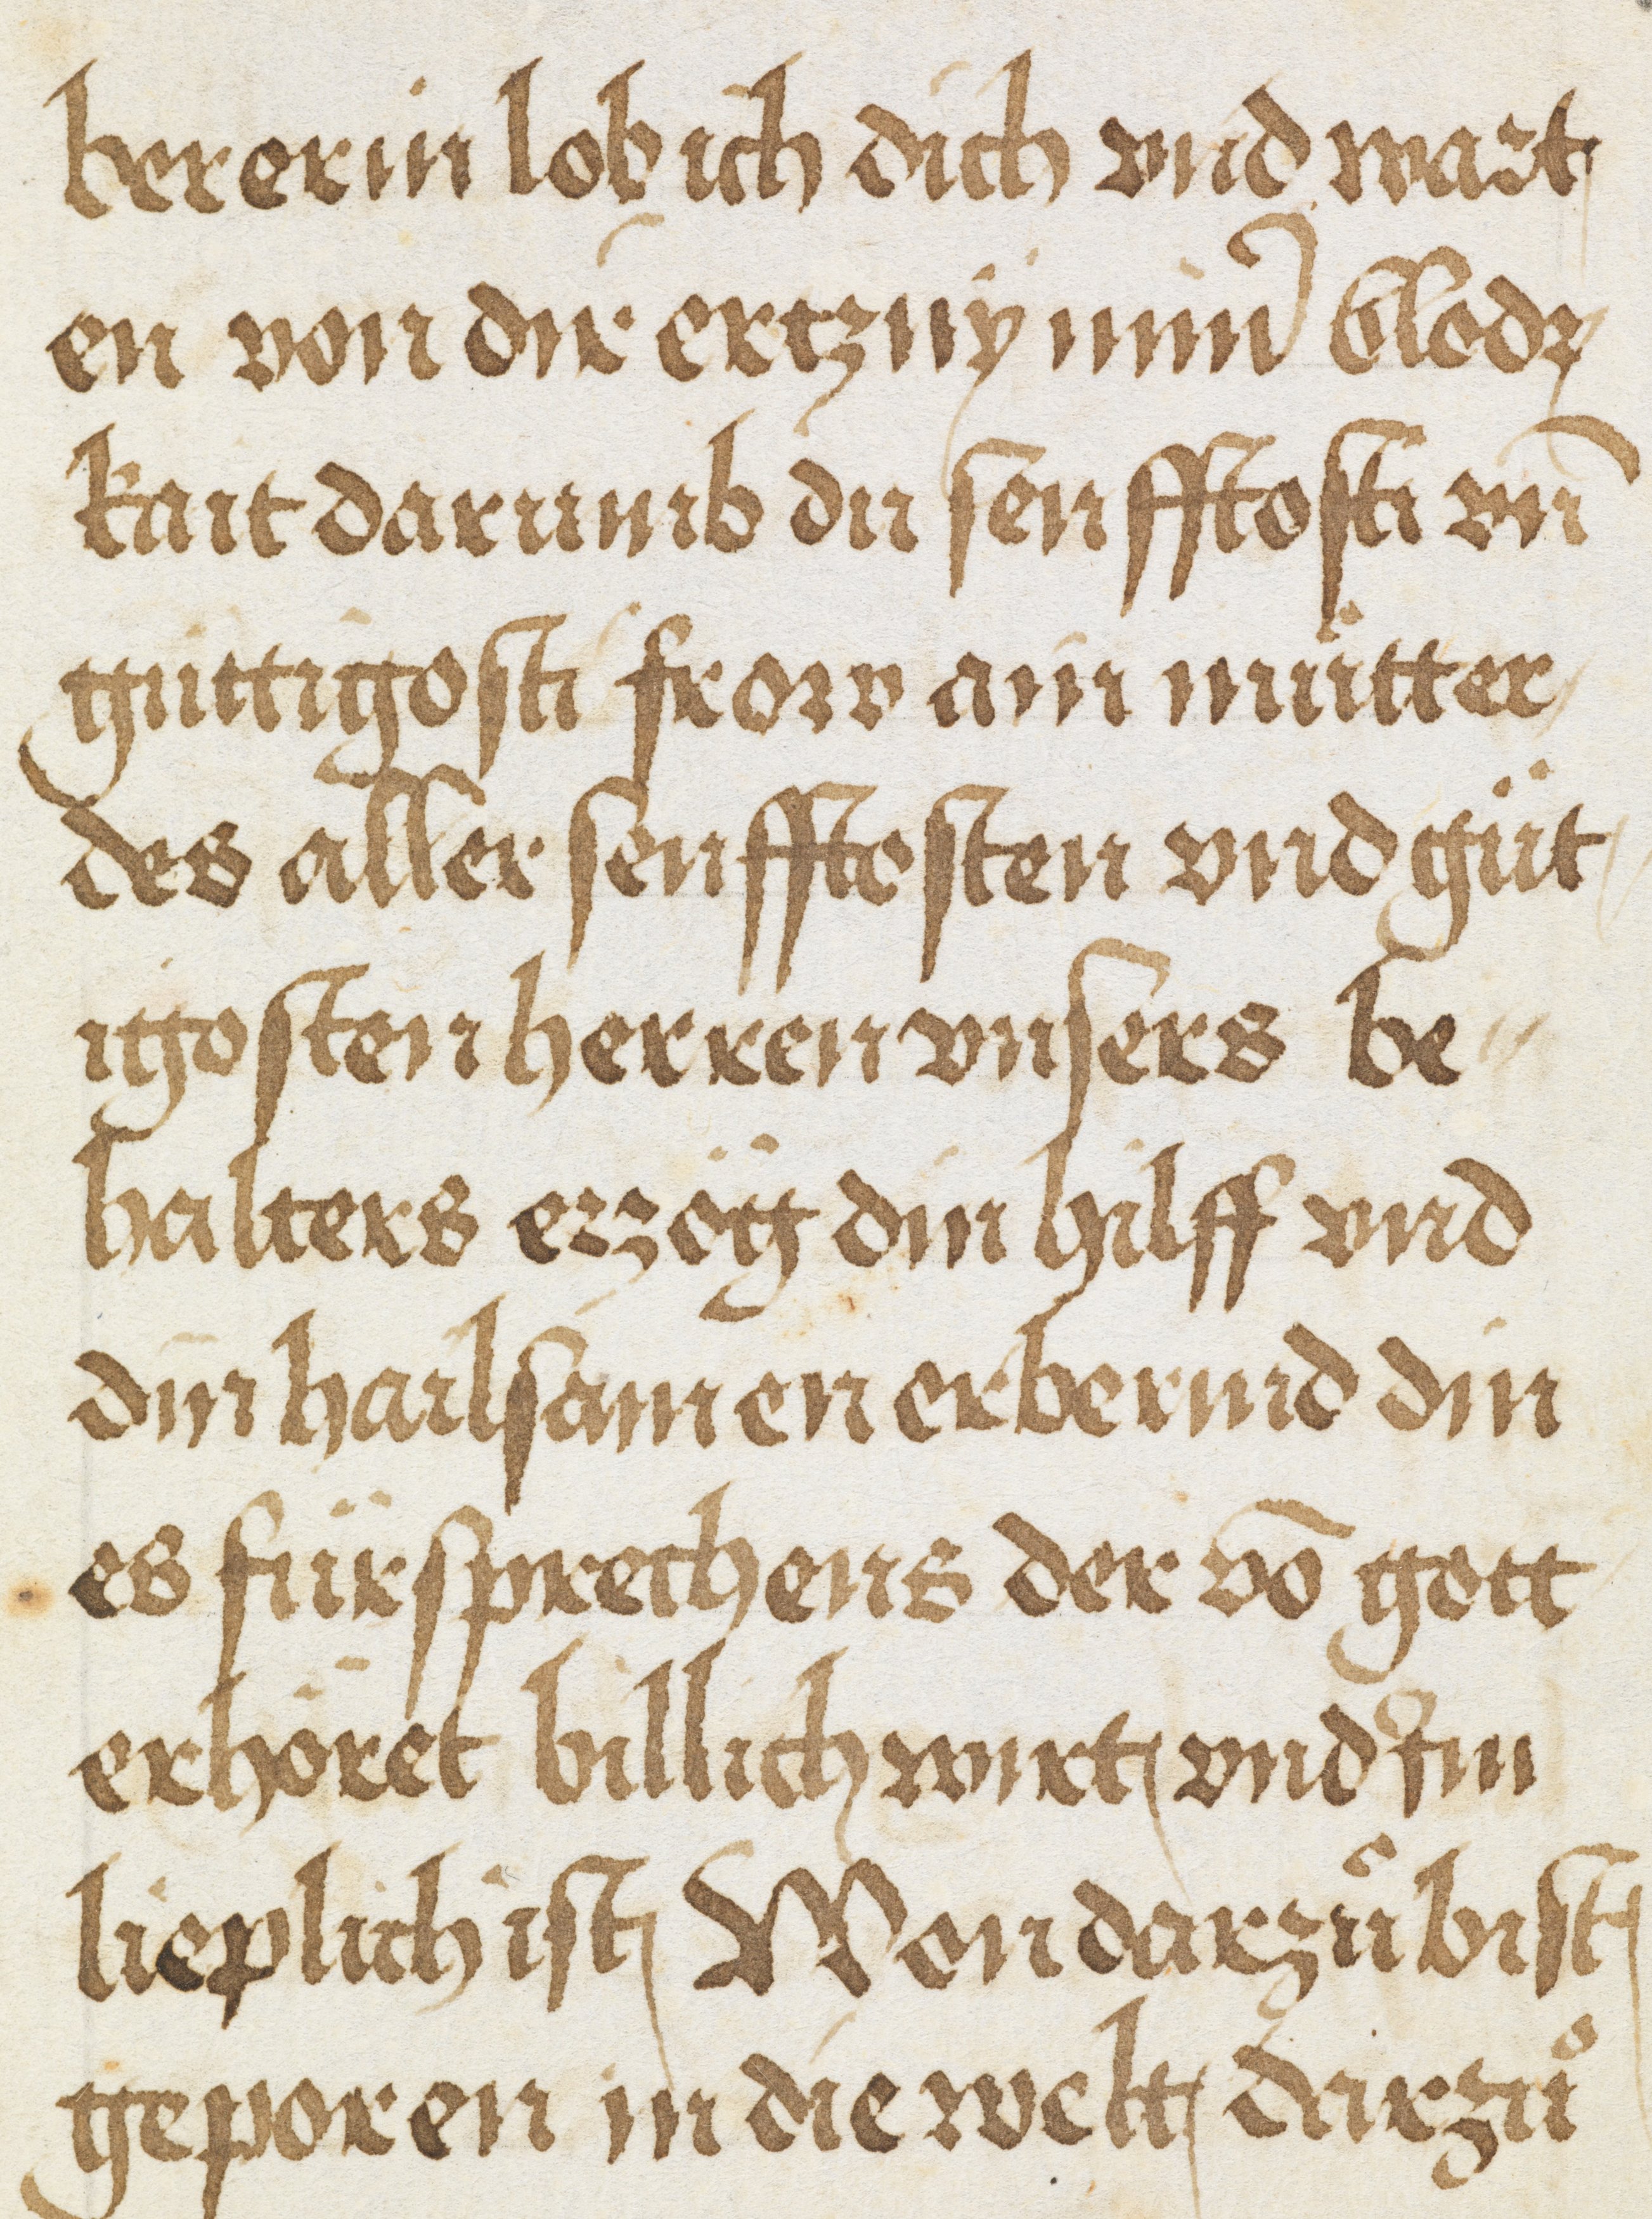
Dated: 1500–1524